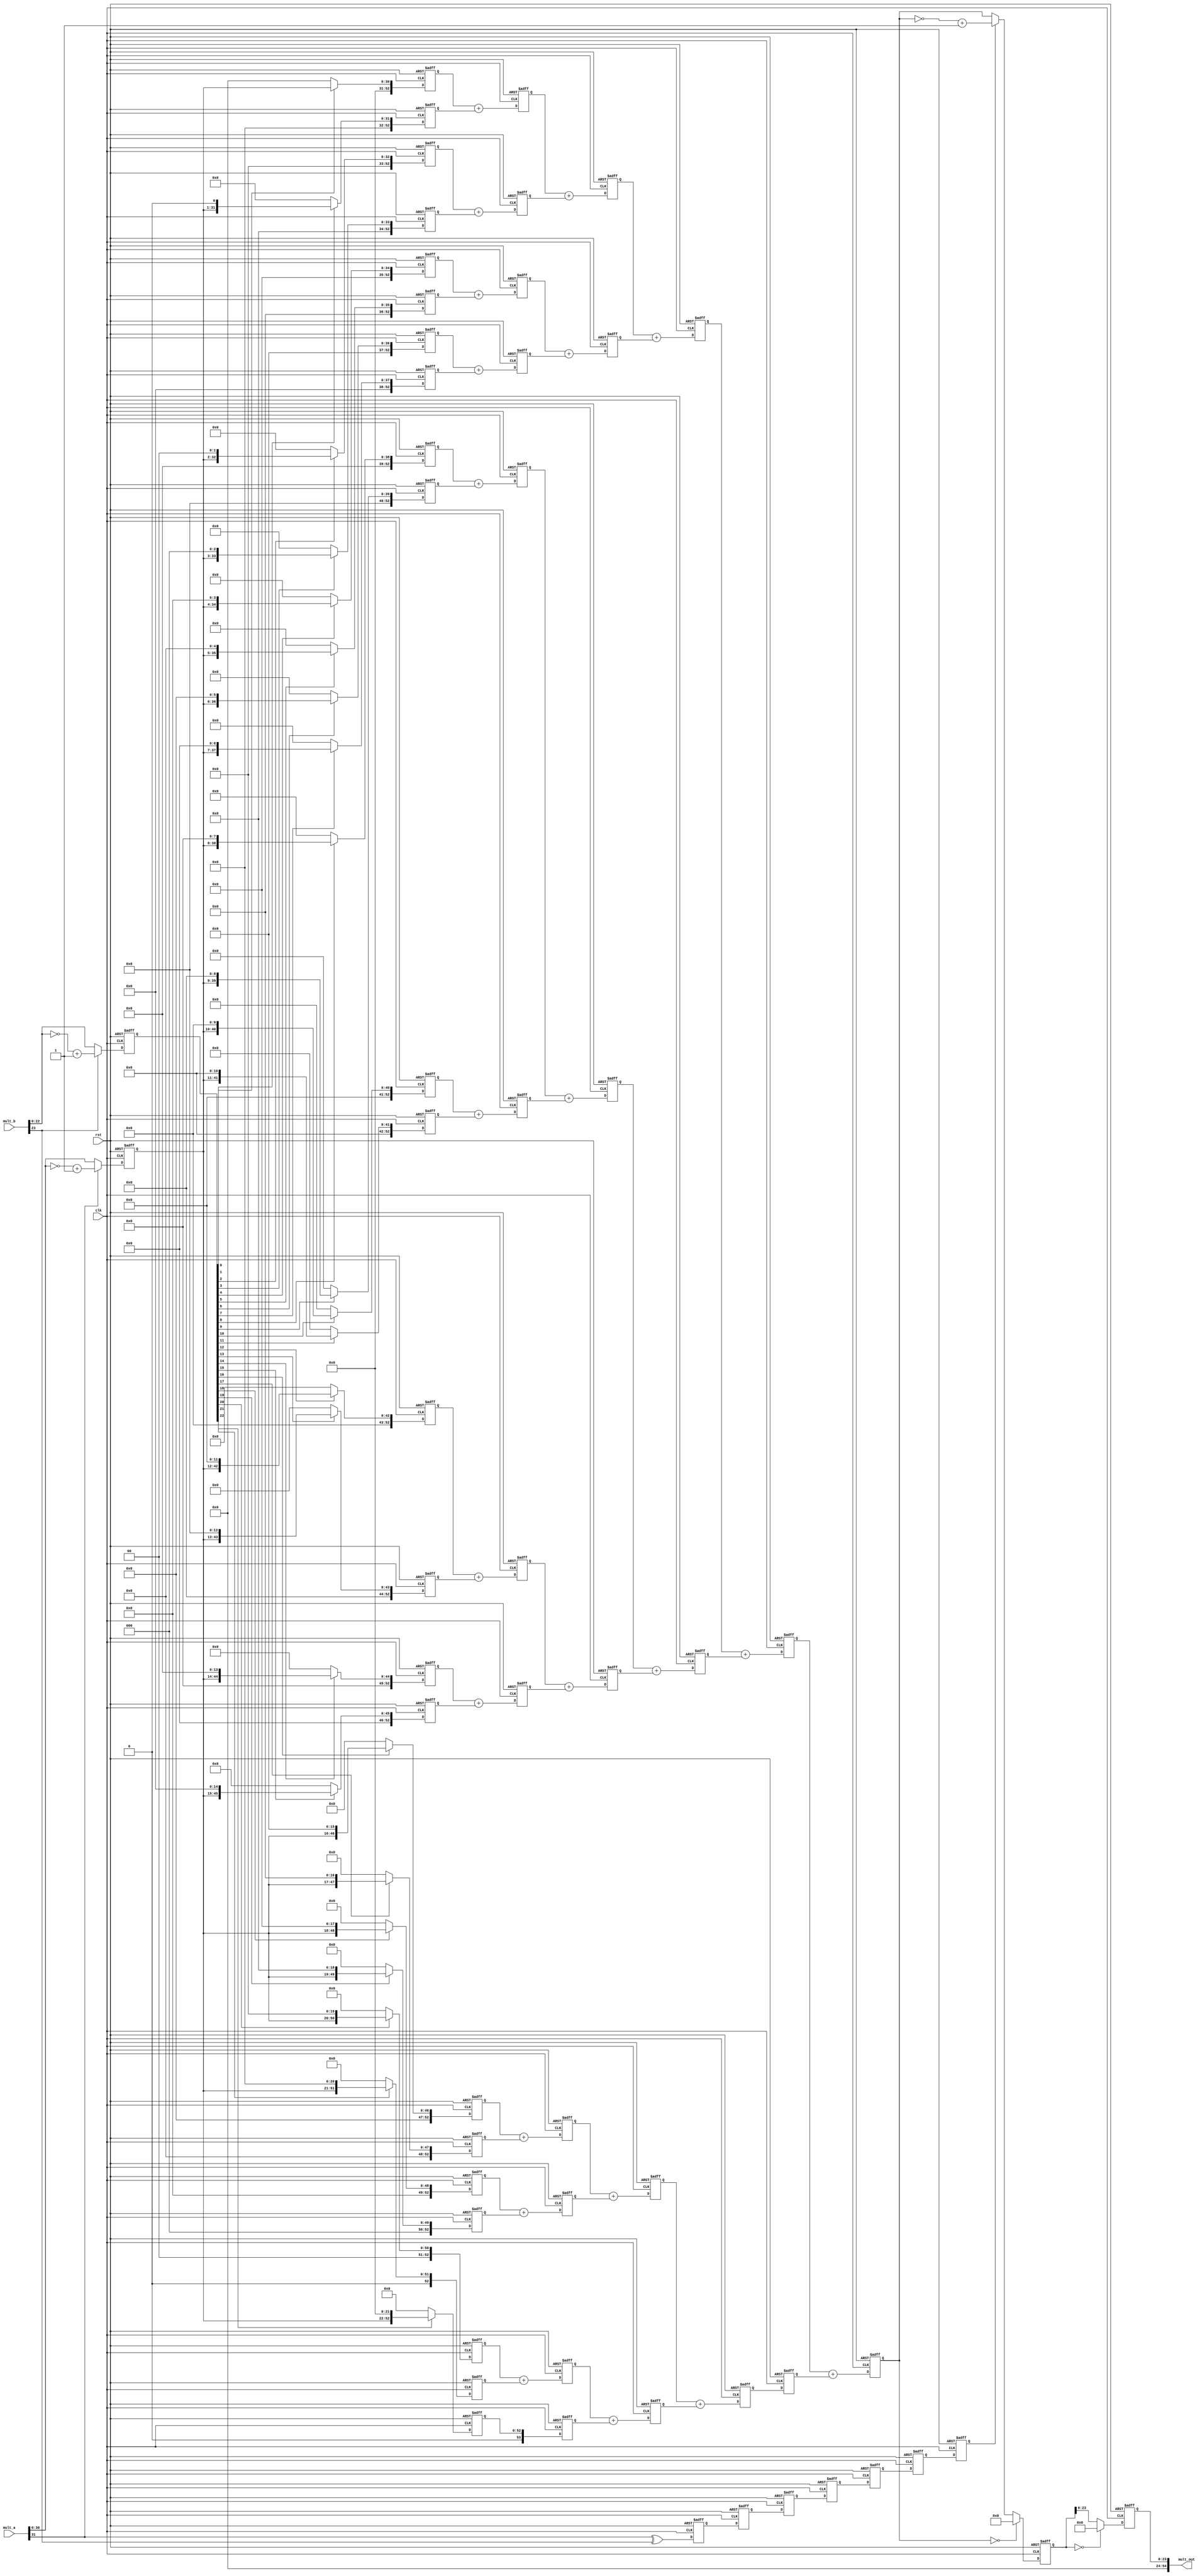
`timescale 1ns/100ps
/*
  mult_a*mult_b
  8
*/

module mult32_24 (clk,rst,mult_a,mult_b,mult_out);

parameter RST_LVL = 1'b0;

input clk;
input rst;
input [31:0] mult_a;
input [23:0] mult_b;  
output [54:0] mult_out;

wire msb0;
wire [30:0] mult_a_unsigned;
wire [22:0] mult_b_unsigned;
reg msb_next0;
reg [30:0] mult_a_next;
reg [22:0] mult_b_next;
wire msb1;
wire [52:0] mult_store0;
wire [52:0] mult_store1;
wire [52:0] mult_store2;
wire [52:0] mult_store3;
wire [52:0] mult_store4;
wire [52:0] mult_store5;
wire [52:0] mult_store6;
wire [52:0] mult_store7;
wire [52:0] mult_store8;
wire [52:0] mult_store9;
wire [52:0] mult_store10;
wire [52:0] mult_store11;
wire [52:0] mult_store12;
wire [52:0] mult_store13;
wire [52:0] mult_store14;
wire [52:0] mult_store15;
wire [52:0] mult_store16;
wire [52:0] mult_store17;
wire [52:0] mult_store18;
wire [52:0] mult_store19;
wire [52:0] mult_store20;
wire [52:0] mult_store21;
wire [52:0] mult_store22;
reg msb_next1;
reg [52:0] adder_next0 [22:0];
wire msb2;
wire [53:0] sum_fir0;
wire [53:0] sum_fir1;
wire [53:0] sum_fir2;
wire [53:0] sum_fir3;
wire [53:0] sum_fir4;
wire [53:0] sum_fir5;
wire [53:0] sum_fir6;
wire [53:0] sum_fir7; 
wire [53:0] sum_fir8;
wire [53:0] sum_fir9;
wire [53:0] sum_fir10;
wire [53:0] sum_fir11;
reg msb_next2;
reg [53:0] adder_next1 [11:0];
wire msb3;
wire [53:0] sum_sec0;
wire [53:0] sum_sec1;
wire [53:0] sum_sec2;
wire [53:0] sum_sec3;
wire [53:0] sum_sec4;
wire [53:0] sum_sec5;
reg msb_next3;
reg [53:0] adder_next2 [5:0];
wire msb4;
wire [53:0] sum_tri0;
wire [53:0] sum_tri1;
wire [53:0] sum_tri2;
reg msb_next4;
reg [53:0] adder_next3 [2:0];
wire msb5;
wire [53:0] sum_for0;
wire [53:0] sum_for1;
reg msb_next5;
reg [53:0] adder_next4 [1:0];
wire msb6;
wire [53:0] sum_fiv;
reg msb_next6;
reg [53:0] adder_next5;
wire msb7;
wire [53:0] result_unsigned;
reg msb_next7;
reg [53:0] result_next;
wire [23:0] result_out;
reg [23:0] result_next0;

assign msb0 = mult_a[31] ^ mult_b[23];
assign mult_a_unsigned = (mult_a[31])? (~mult_a[30:0] + 1'b1) : mult_a[30:0];  
assign mult_b_unsigned = (mult_b[23])? (~mult_b[22:0] + 1'b1) : mult_b[22:0];

always @(posedge clk or negedge rst) begin
  if (rst == RST_LVL) begin
    msb_next0 <= 1'b0;
    mult_a_next <= 31'b0;
    mult_b_next <= 23'b0;
  end
  else begin
    msb_next0 <= msb0;
    mult_a_next <= mult_a_unsigned;
    mult_b_next <= mult_b_unsigned; 
  end
end

assign msb1 = msb_next0;
assign mult_store0  = (mult_b_next[0 ])? {22'b0,mult_a_next} : 53'b0;
assign mult_store1  = (mult_b_next[1 ])? {21'b0,mult_a_next, 1'b0} : 53'b0;
assign mult_store2  = (mult_b_next[2 ])? {20'b0,mult_a_next, 2'b0} : 53'b0;
assign mult_store3  = (mult_b_next[3 ])? {19'b0,mult_a_next, 3'b0} : 53'b0;
assign mult_store4  = (mult_b_next[4 ])? {18'b0,mult_a_next, 4'b0} : 53'b0;
assign mult_store5  = (mult_b_next[5 ])? {17'b0,mult_a_next, 5'b0} : 53'b0;
assign mult_store6  = (mult_b_next[6 ])? {16'b0,mult_a_next, 6'b0} : 53'b0;
assign mult_store7  = (mult_b_next[7 ])? {15'b0,mult_a_next, 7'b0} : 53'b0;
assign mult_store8  = (mult_b_next[8 ])? {14'b0,mult_a_next, 8'b0} : 53'b0;
assign mult_store9  = (mult_b_next[9 ])? {13'b0,mult_a_next, 9'b0} : 53'b0;
assign mult_store10 = (mult_b_next[10])? {12'b0,mult_a_next,10'b0} : 53'b0;
assign mult_store11 = (mult_b_next[11])? {11'b0,mult_a_next,11'b0} : 53'b0;
assign mult_store12 = (mult_b_next[12])? {10'b0,mult_a_next,12'b0} : 53'b0;
assign mult_store13 = (mult_b_next[13])? { 9'b0,mult_a_next,13'b0} : 53'b0;
assign mult_store14 = (mult_b_next[14])? { 8'b0,mult_a_next,14'b0} : 53'b0;
assign mult_store15 = (mult_b_next[15])? { 7'b0,mult_a_next,15'b0} : 53'b0;
assign mult_store16 = (mult_b_next[16])? { 6'b0,mult_a_next,16'b0} : 53'b0;
assign mult_store17 = (mult_b_next[17])? { 5'b0,mult_a_next,17'b0} : 53'b0;
assign mult_store18 = (mult_b_next[18])? { 4'b0,mult_a_next,18'b0} : 53'b0;
assign mult_store19 = (mult_b_next[19])? { 3'b0,mult_a_next,19'b0} : 53'b0;
assign mult_store20 = (mult_b_next[20])? { 2'b0,mult_a_next,20'b0} : 53'b0;
assign mult_store21 = (mult_b_next[21])? { 1'b0,mult_a_next,21'b0} : 53'b0;
assign mult_store22 = (mult_b_next[22])? {mult_a_next,22'b0} : 53'b0;

always @(posedge clk or negedge rst) begin
  if (rst == RST_LVL) begin
    msb_next1 <= 1'b0;
    adder_next0[ 0] <= 53'b0;
    adder_next0[ 1] <= 53'b0;  
    adder_next0[ 2] <= 53'b0;
    adder_next0[ 3] <= 53'b0;  
    adder_next0[ 4] <= 53'b0;
    adder_next0[ 5] <= 53'b0;  
    adder_next0[ 6] <= 53'b0;
    adder_next0[ 7] <= 53'b0;   
    adder_next0[ 8] <= 53'b0;
    adder_next0[ 9] <= 53'b0;  
    adder_next0[10] <= 53'b0;
    adder_next0[11] <= 53'b0;  
    adder_next0[12] <= 53'b0;
    adder_next0[13] <= 53'b0;  
    adder_next0[14] <= 53'b0;
    adder_next0[15] <= 53'b0; 
    adder_next0[16] <= 53'b0;
    adder_next0[17] <= 53'b0;  
    adder_next0[18] <= 53'b0;
    adder_next0[19] <= 53'b0;  
    adder_next0[20] <= 53'b0;
    adder_next0[21] <= 53'b0;  
    adder_next0[22] <= 53'b0;              
  end
  else begin
    msb_next1 <= msb1;
    adder_next0[0] <= mult_store0;
    adder_next0[ 1] <= mult_store1;  
    adder_next0[ 2] <= mult_store2;
    adder_next0[ 3] <= mult_store3;  
    adder_next0[ 4] <= mult_store4;
    adder_next0[ 5] <= mult_store5;  
    adder_next0[ 6] <= mult_store6;
    adder_next0[ 7] <= mult_store7;   
    adder_next0[ 8] <= mult_store8;
    adder_next0[ 9] <= mult_store9;  
    adder_next0[10] <= mult_store10;
    adder_next0[11] <= mult_store11;  
    adder_next0[12] <= mult_store12;
    adder_next0[13] <= mult_store13;  
    adder_next0[14] <= mult_store14;
    adder_next0[15] <= mult_store15; 
    adder_next0[16] <= mult_store16;
    adder_next0[17] <= mult_store17;  
    adder_next0[18] <= mult_store18;
    adder_next0[19] <= mult_store19;  
    adder_next0[20] <= mult_store20;
    adder_next0[21] <= mult_store21;  
    adder_next0[22] <= mult_store22;                
  end
end

assign msb2 = msb_next1;
assign sum_fir0  = adder_next0[ 0] + adder_next0[ 1];
assign sum_fir1  = adder_next0[ 2] + adder_next0[ 3]; 
assign sum_fir2  = adder_next0[ 4] + adder_next0[ 5];
assign sum_fir3  = adder_next0[ 6] + adder_next0[ 7];
assign sum_fir4  = adder_next0[ 8] + adder_next0[ 9];
assign sum_fir5  = adder_next0[10] + adder_next0[11];
assign sum_fir6  = adder_next0[12] + adder_next0[13];
assign sum_fir7  = adder_next0[14] + adder_next0[15];
assign sum_fir8  = adder_next0[16] + adder_next0[17];
assign sum_fir9  = adder_next0[18] + adder_next0[19];
assign sum_fir10 = adder_next0[20] + adder_next0[21];
assign sum_fir11 = adder_next0[22];

always @(posedge clk or negedge rst) begin
  if (rst == RST_LVL) begin
    msb_next2 <= 1'b0;
    adder_next1[ 0] <= 54'b0;
    adder_next1[ 1] <= 54'b0;
    adder_next1[ 2] <= 54'b0;   
    adder_next1[ 3] <= 54'b0;
    adder_next1[ 4] <= 54'b0;
    adder_next1[ 5] <= 54'b0; 
    adder_next1[ 6] <= 54'b0;
    adder_next1[ 7] <= 54'b0;
    adder_next1[ 8] <= 54'b0;
    adder_next1[ 9] <= 54'b0;
    adder_next1[10] <= 54'b0;
    adder_next1[11] <= 54'b0;                
  end
  else begin
    msb_next2 <= msb2;
    adder_next1[ 0] <= sum_fir0;
    adder_next1[ 1] <= sum_fir1;
    adder_next1[ 2] <= sum_fir2;
    adder_next1[ 3] <= sum_fir3;
    adder_next1[ 4] <= sum_fir4;  
    adder_next1[ 5] <= sum_fir5;
    adder_next1[ 6] <= sum_fir6;
    adder_next1[ 7] <= sum_fir7;
    adder_next1[ 8] <= sum_fir8;
    adder_next1[ 9] <= sum_fir9; 
    adder_next1[10] <= sum_fir10;
    adder_next1[11] <= sum_fir11;                 
  end
end

assign msb3 = msb_next2;
assign sum_sec0 = adder_next1[0] + adder_next1[1];
assign sum_sec1 = adder_next1[2] + adder_next1[3];
assign sum_sec2 = adder_next1[4] + adder_next1[5];
assign sum_sec3 = adder_next1[6] + adder_next1[7];
assign sum_sec4 = adder_next1[8] + adder_next1[9];
assign sum_sec5 = adder_next1[10] + adder_next1[11];

always @(posedge clk or negedge rst) begin
  if (rst == RST_LVL) begin
    msb_next3 <= 1'b0;
    adder_next2[0] <= 54'b0;
    adder_next2[1] <= 54'b0;
    adder_next2[2] <= 54'b0;
    adder_next2[3] <= 54'b0;
    adder_next2[4] <= 54'b0;
    adder_next2[5] <= 54'b0;    
  end
  else begin
    msb_next3 <= msb3;
    adder_next2[0] <= sum_sec0;
    adder_next2[1] <= sum_sec1;
    adder_next2[2] <= sum_sec2;
    adder_next2[3] <= sum_sec3;
    adder_next2[4] <= sum_sec4;
    adder_next2[5] <= sum_sec5;   
  end 
end

assign msb4 = msb_next3;
assign sum_tri0 = adder_next2[0] + adder_next2[1];
assign sum_tri1 = adder_next2[2] + adder_next2[3];
assign sum_tri2 = adder_next2[4] + adder_next2[5];

always @(posedge clk or negedge rst) begin
  if (rst == RST_LVL) begin
    msb_next4 <= 1'b0;
    adder_next3[0] <= 54'b0;
    adder_next3[1] <= 54'b0;
    adder_next3[2] <= 54'b0;  
  end
  else begin
    msb_next4 <= msb4;
    adder_next3[0] <= sum_tri0;
    adder_next3[1] <= sum_tri1;
    adder_next3[2] <= sum_tri2;
  end
end

assign msb5 = msb_next4;
assign sum_for0 = adder_next3[0] + adder_next3[1];
assign sum_for1 = adder_next3[2];

always @(posedge clk or negedge rst) begin
  if (rst == RST_LVL) begin
    msb_next5 <= 1'b0;
    adder_next4[0] <= 54'b0;
    adder_next4[1] <= 54'b0;  
  end
  else begin
    msb_next5 <= msb5;
    adder_next4[0] <= sum_for0;
    adder_next4[1] <= sum_for1;
  end
end

assign msb6 = msb_next5;
assign sum_fiv = adder_next4[0] + adder_next4[1];

always @(posedge clk or negedge rst) begin
  if (rst == RST_LVL) begin
    msb_next6 <= 1'b0;
    adder_next5 <= 54'b0;  
  end
  else begin
    msb_next6 <= msb6;
    adder_next5 <= sum_fiv;  
  end
end

assign msb7 = msb_next6;
assign result_unsigned = (adder_next5 == 54'b0)? 54'b0 : 
                    (msb7)? (~adder_next5 + 1'b1) : adder_next5;
                    
always @(posedge clk or negedge rst) begin
  if (rst == RST_LVL) begin
    msb_next7 <= 1'b0;
    result_next <= 54'b0;
  end
  else begin
    msb_next7 <= msb7;
    result_next <= result_unsigned;
  end
end                     

assign result_out = (result_next == 54'b0)? 54'b0 : {msb_next7,result_next};

always @(posedge clk or negedge rst) begin
  if (rst == RST_LVL) result_next0 <= 24'b0;
  else result_next0 <= result_out;
end

assign mult_out = result_next0;
endmodule